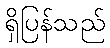
ရှိပြန်သည်